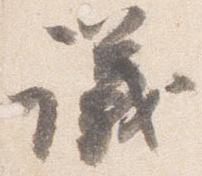
議